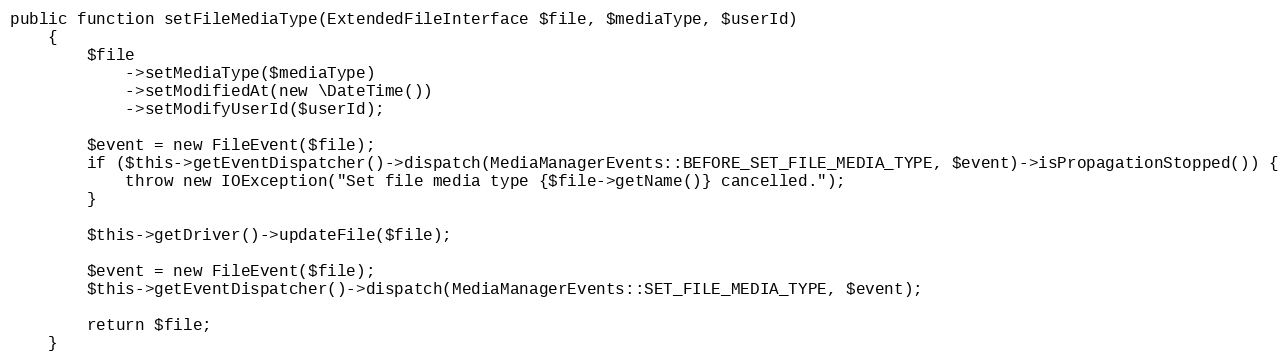
Language: PHP
public function setFileMediaType(ExtendedFileInterface $file, $mediaType, $userId)
    {
        $file
            ->setMediaType($mediaType)
            ->setModifiedAt(new \DateTime())
            ->setModifyUserId($userId);

        $event = new FileEvent($file);
        if ($this->getEventDispatcher()->dispatch(MediaManagerEvents::BEFORE_SET_FILE_MEDIA_TYPE, $event)->isPropagationStopped()) {
            throw new IOException("Set file media type {$file->getName()} cancelled.");
        }

        $this->getDriver()->updateFile($file);

        $event = new FileEvent($file);
        $this->getEventDispatcher()->dispatch(MediaManagerEvents::SET_FILE_MEDIA_TYPE, $event);

        return $file;
    }